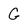
Character: G